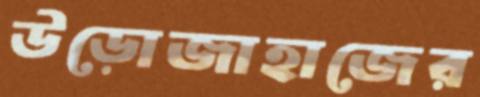
উড়োজাহাজের